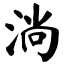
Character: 淌